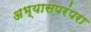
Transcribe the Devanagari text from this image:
अभ्यासपरंपरा